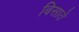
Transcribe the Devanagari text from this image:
बिसातें